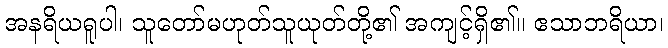
အနရိယရူပါ၊ သူတော်မဟုတ်သူယုတ်တို့၏ အကျင့်ရှိ၏။ ဧသာဘရိယာ၊